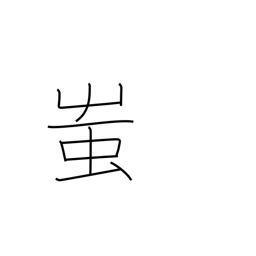
Meaning: fool